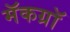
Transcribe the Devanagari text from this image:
मॅकग्रॉ